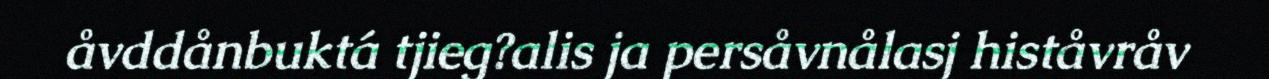
åvddånbuktá tjieg?alis ja persåvnålasj histåvråv